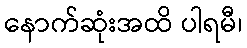
နောက်ဆုံးအထိ ပါရမီ၊